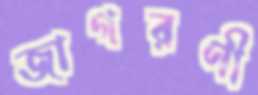
জাগরণী